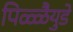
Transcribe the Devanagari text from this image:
पिळ्ळैयुडे